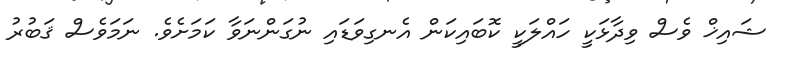
ޝައިޚް ވެސް ވިދާޅަކީ ހައްލަކީ ކޮބައިކަން އެނގިވަޑައި ނުގަންނަވާ ކަމަށެވެ. ނަމަވެސް ޤަބުރު